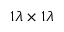
1 \lambda \times 1 \lambda